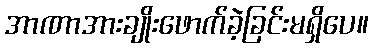
အာဏာအားချိုးဖောက်ခဲ့ခြင်းမရှိပေ။